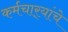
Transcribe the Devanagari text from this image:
कर्मचार्‍यांचे